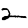
Digit: 2